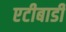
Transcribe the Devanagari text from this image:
एटीबाडी